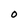
Character: 0